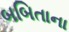
બબિતાના